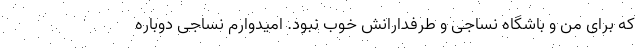
که برای من و باشگاه نساجی و طرفدارانش خوب نبود. امیدوارم نساجی دوباره